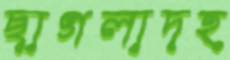
ছাগলাদহ